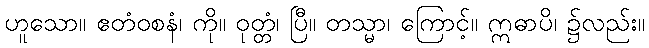
ဟူသော။ ဧတံဝစနံ၊ ကို။ ဝုတ္တံ၊ ပြီ။ တသ္မာ၊ ကြောင့်။ ဣဓာပိ၊ ၌လည်း။